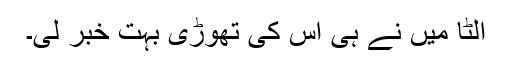
الٹا میں نے ہی اس کی تھوڑی بہت خبر لی۔